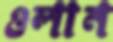
ওলান